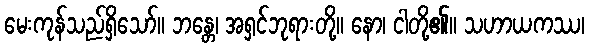
မေးကုန်သည်ရှိသော်။ ဘန္တေ၊ အရှင်ဘုရားတို့။ နော၊ ငါတို့၏။ သဟာယကဿ၊